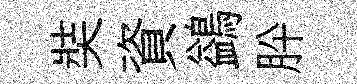
奘資鷁肸